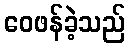
ဝေဖန်ခဲ့သည်